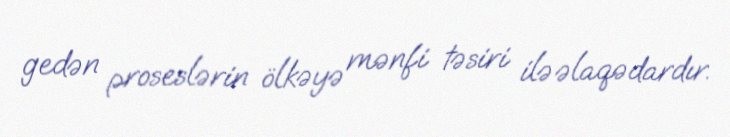
gedən proseslərin ölkəyə mənfi təsiri ilə əlaqədardır.